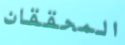
المحققان